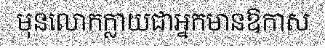
មុនលោកក្លាយជាអ្នកមានឱកាស